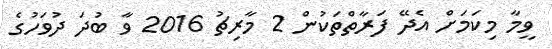
ވީމާ މިކަމަށް އެދޭ ފަރާތްތަކުން 2 މާރިޗު 2016 ވާ ބުދަ ދުވަހުގެ